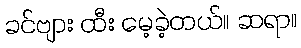
ခင်ဗျား ထီး မေ့ခဲ့တယ်။ ဆရာ။